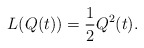
\begin{align*} L(Q(t))=\frac{1}{2} Q^2(t).\end{align*}